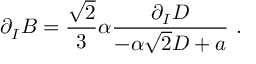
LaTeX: \partial _ { I } B = { \frac { \sqrt { 2 } } { 3 } } \alpha { \frac { \partial _ { I } D } { - \alpha \sqrt { 2 } D + a } } \ .